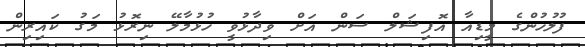
ފުލުހުންގެ މީޑިއާ އޮޮފިޝަލް ސަން އަށް ވިދާޅުވީ ހުޅުމާލޭ ނިރޮޅު މަގު ކައިރިން